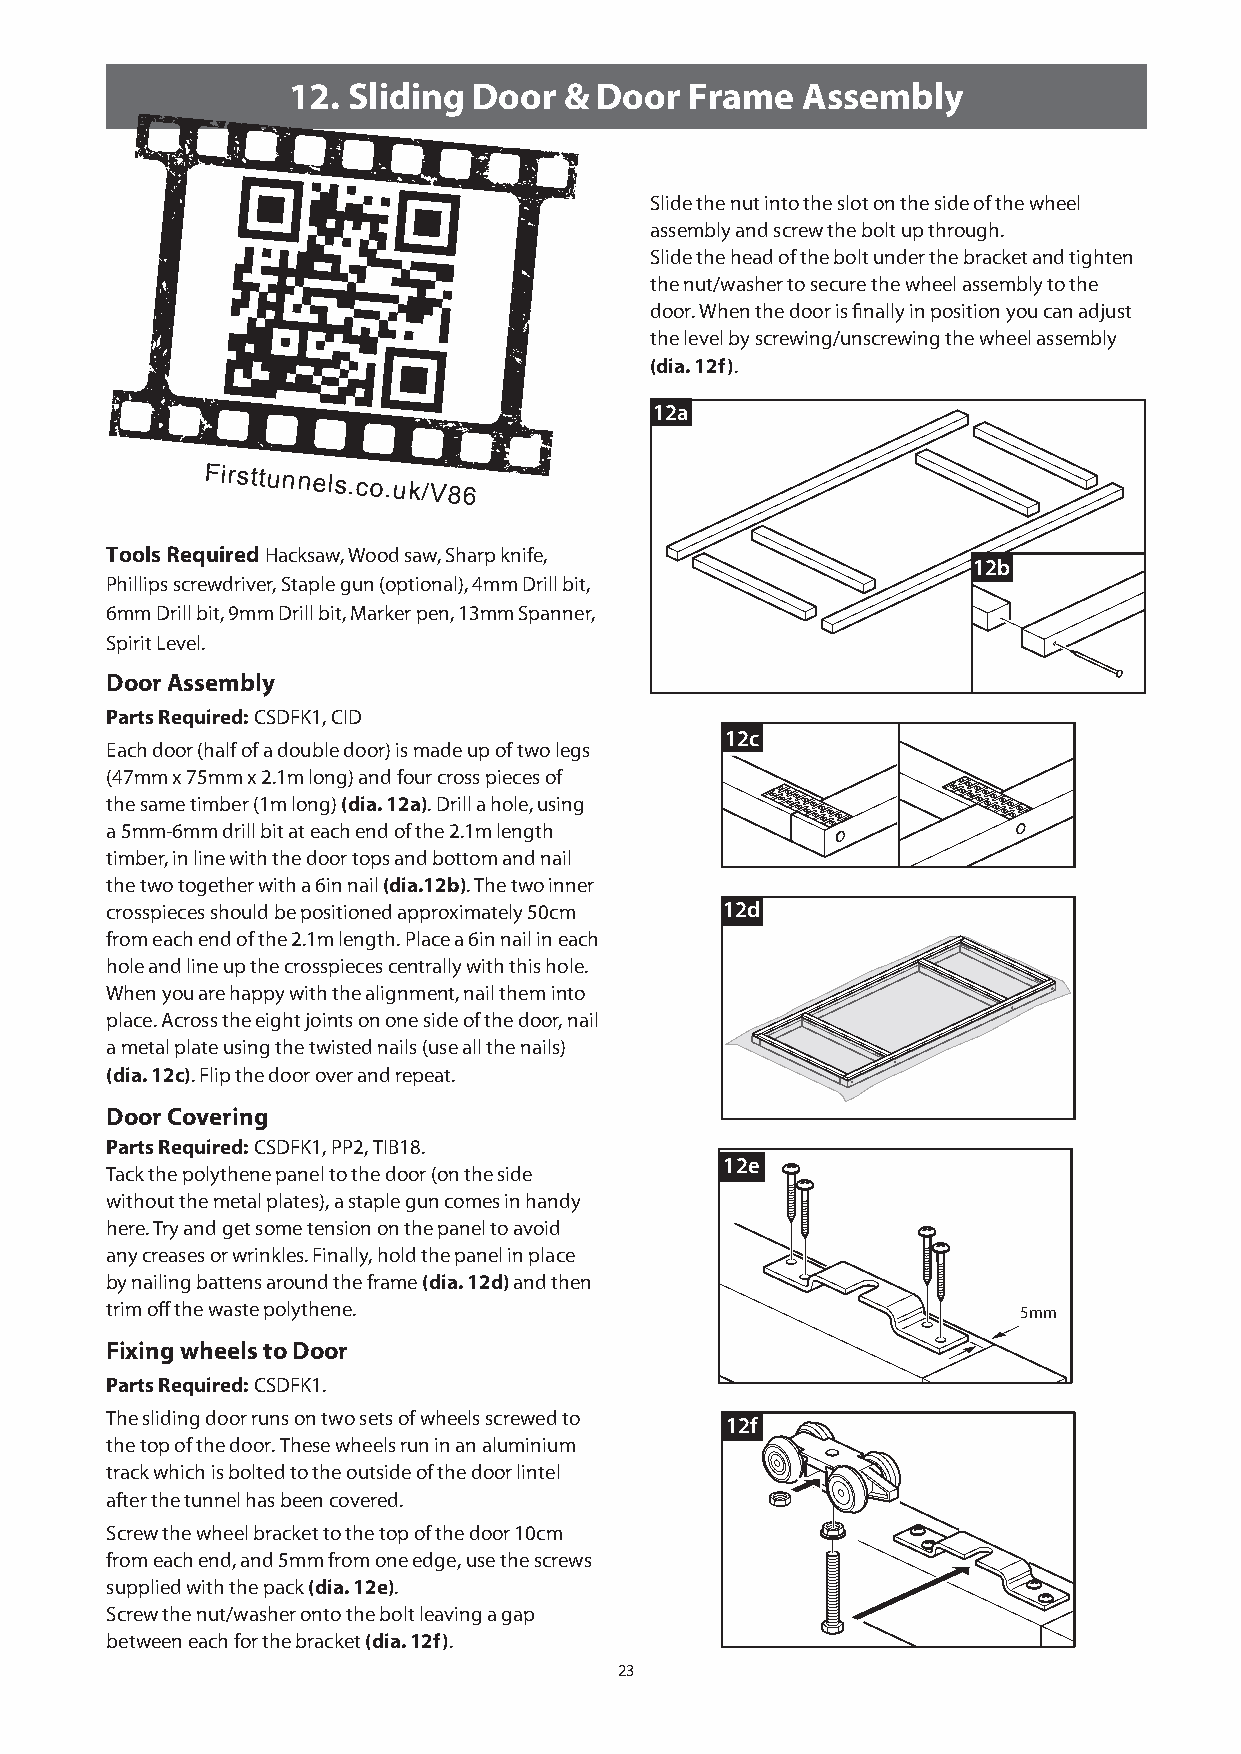
12. Sliding Door  &  Door  Frame  Assembly
 Slide the nut into the slot on the side of the wheel
 assembly and screw the bolt up through.
 Slide the head of the bolt under the bracket and tighten
 the nut/washer to secure the wheel assembly to the
 door. When the door is finally in position you can adjust
 the level by screwing/unscrewing the wheel assembly
 (dia. 12f).
 12a
 Firsttunnels.co.uk/V86
 Tools Required Hacksaw, Wood saw, Sharp knife,
 12b
 Phillips screwdriver, Staple gun (optional), 4mm Drill bit,
 6mm Drill bit, 9mm Drill bit, Marker pen, 13mm Spanner,
 Spirit Level.
 Door Assembly
 Parts Required: CSDFK1, CID
 12c
 Each door (half of a double door) is made up of two legs
 (47mm x 75mm x 2.1m long) and four cross pieces of
 the same timber (1m long) (dia. 12a). Drill a hole, using
 a 5mm-6mm drill bit at each end of the 2.1m length
 timber, in line with the door tops and bottom and nail
 the two together with a 6in nail (dia.12b). The two inner
 crosspieces should be positioned approximately 50cm 12d
 from each end of the 2.1m length. Place a 6in nail in each
 hole and line up the crosspieces centrally with this hole.
 When you are happy with the alignment, nail them into
 place. Across the eight joints on one side of the door, nail
 a metal plate using the twisted nails (use all the nails)
 (dia. 12c). Flip the door over and repeat.
 Door Covering
 Parts Required: CSDFK1, PP2, TIB18.
 12e
 Tack the polythene panel to the door (on the side
 without the metal plates), a staple gun comes in handy
 here. Try and get some tension on the panel to avoid
 any creases or wrinkles. Finally, hold the panel in place
 by nailing battens around the frame (dia. 12d) and then
 trim off the waste polythene.                                5mm
 Fixing wheels to Door
 Parts Required: CSDFK1.
 The sliding door runs on two sets of wheels screwed to 12f
 the top of the door. These wheels run in an aluminium
 track which is bolted to the outside of the door lintel
 after the tunnel has been covered.
 Screw the wheel bracket to the top of the door 10cm
 from each end, and 5mm from one edge, use the screws
 supplied with the pack (dia. 12e).
 Screw the nut/washer onto the bolt leaving a gap
 between each for the bracket (dia. 12f).
 23